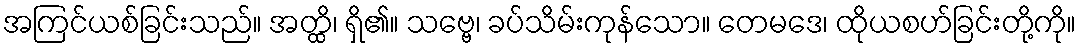
အကြင်ယစ်ခြင်းသည်။ အတ္ထိ၊ ရှိ၏။ သဗ္ဗေ၊ ခပ်သိမ်းကုန်သော။ တေမဒေ၊ ထိုယစဟ်ခြင်းတို့ကို။